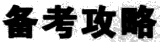
备考攻略